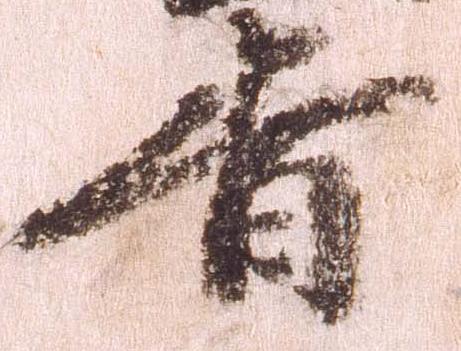
旨